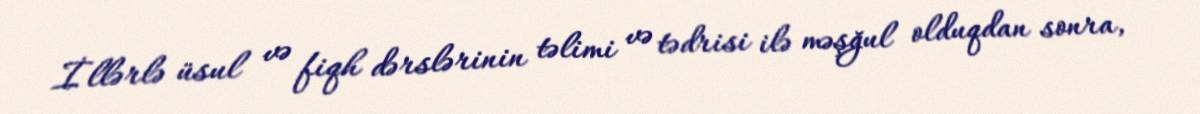
İllərlə üsul və fiqh dərslərinin təlimi və tədrisi ilə məşğul olduqdan sonra,